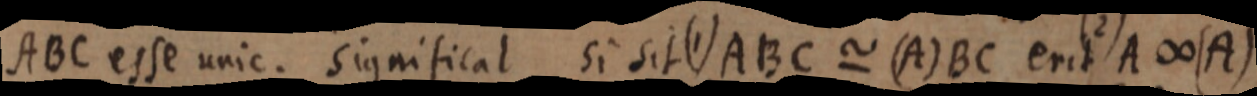
ABC esse unic. significat si sit (1) ABC ~ (A)BC erit A ∞ (A)